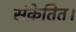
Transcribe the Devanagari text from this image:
संकेतित।